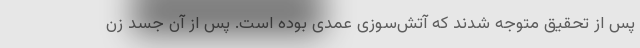
پس از تحقیق متوجه شدند که آتش‌سوزی عمدی بوده است. پس از آن جسد زن